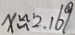
x \approx 2 . 1 6 9